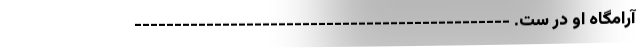
آرامگاه او در ست. -----------------------------------------------